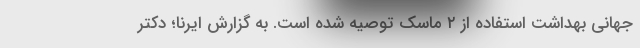
جهانی بهداشت استفاده از ۲ ماسک توصیه شده است. به گزارش ایرنا؛ دکتر